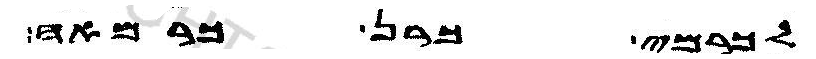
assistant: לכרמי כרן כרמאה